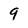
Character: 9